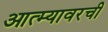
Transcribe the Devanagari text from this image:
आत्म्यावरची